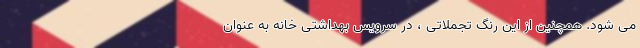
می شود. همچنین از این رنگ تجملاتی ، در سرویس بهداشتی خانه به عنوان